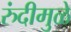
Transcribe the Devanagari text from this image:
रुंदीमुळे